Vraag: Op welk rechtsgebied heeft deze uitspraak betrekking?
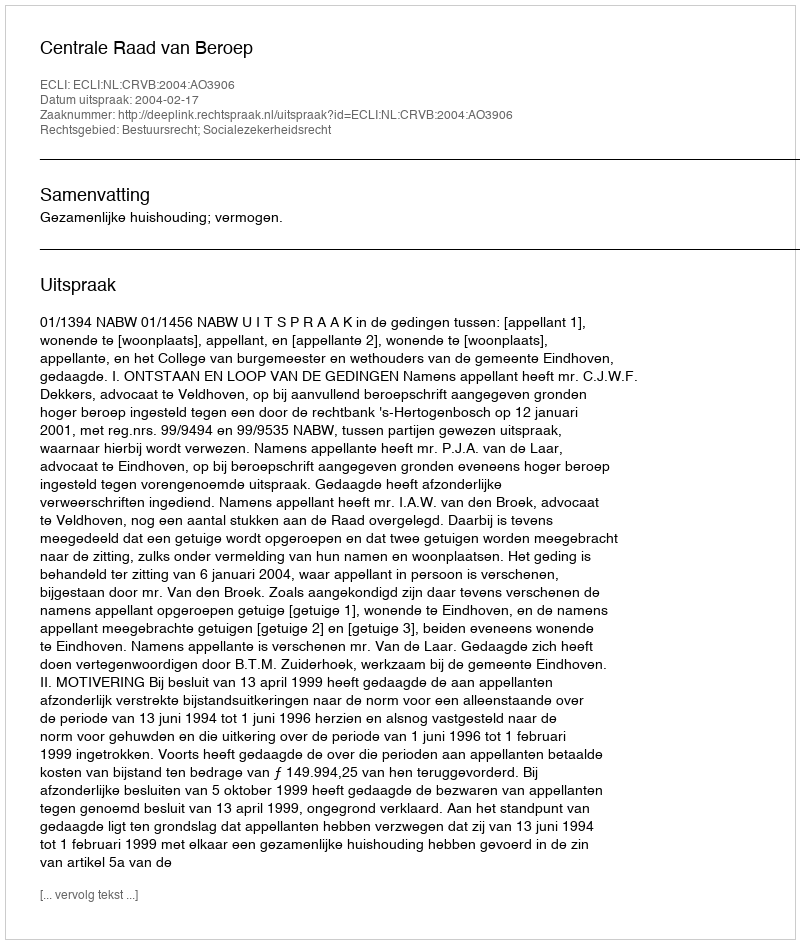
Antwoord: Bestuursrecht; Socialezekerheidsrecht